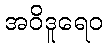
အဝိဒူရေဝ